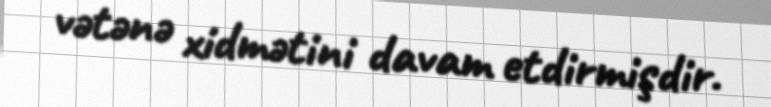
vətənə xidmətini davam etdirmişdir.